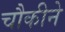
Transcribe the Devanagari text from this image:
चौकीने